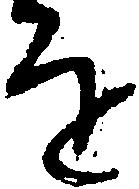
を